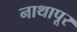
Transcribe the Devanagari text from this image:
नाथापूर